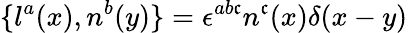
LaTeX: \{ l^{a}(x),n^{b}(y)\} =\epsilon^{ab\mathfrak{c}}n^{\mathfrak{c}}(x)\delta(x-y)